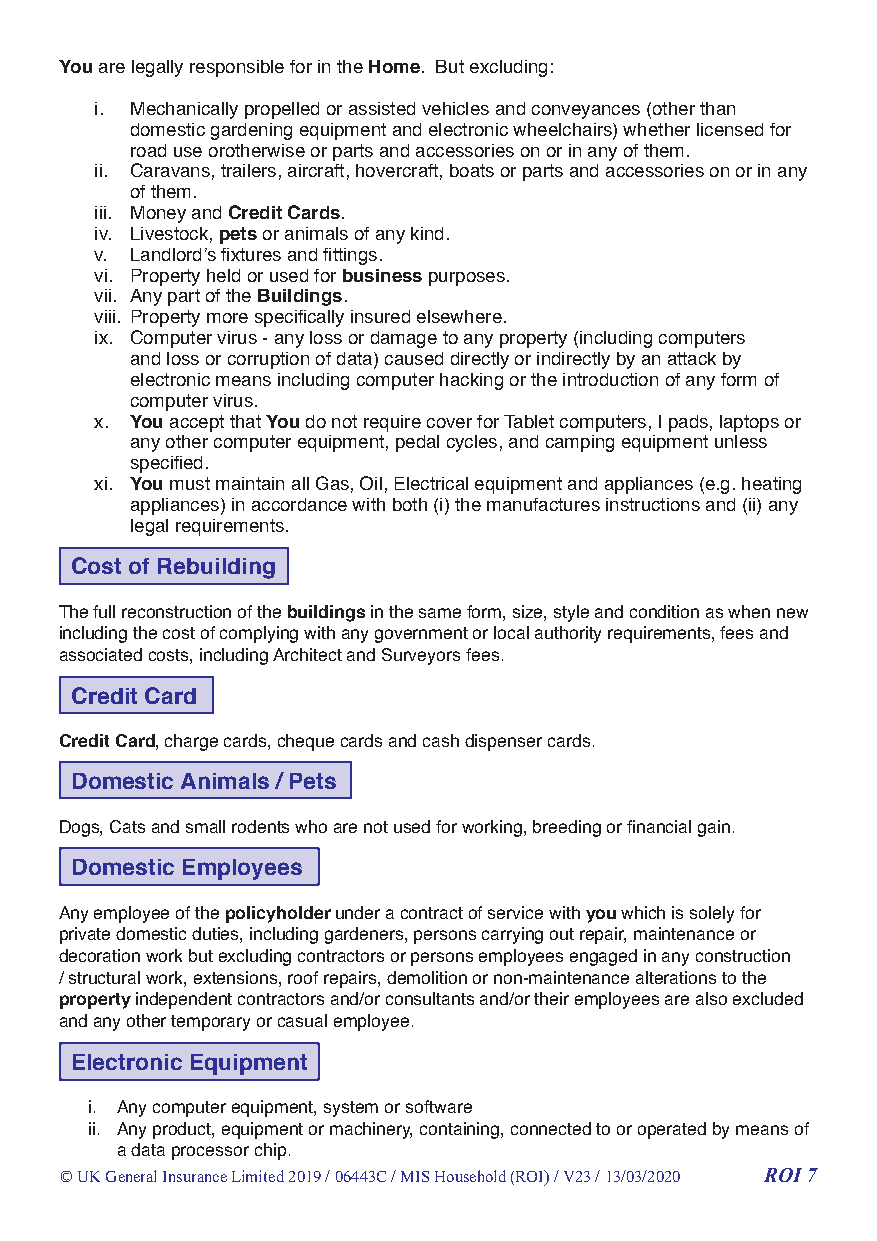
You are legally responsible for in the Home. But excluding:
 i. Mechanically propelled or assisted vehicles and conveyances (other than
 domestic gardening equipment and electronic wheelchairs) whether licensed for
 road use orotherwise or parts and accessories on or in any of them.
 ii. Caravans, trailers, aircraft, hovercraft, boats or parts and accessories on or in any
 of them.
 iii. Money and Credit Cards.
 iv. Livestock, pets or animals of any kind.
 v. Landlord’s fixtures and fittings.
 vi. Property held or used for business purposes.
 vii. Any part of the Buildings.
 viii. Property more specifically insured elsewhere.
 ix. Computer virus - any loss or damage to any property (including computers
 and loss or corruption of data) caused directly or indirectly by an attack by
 electronic means including computer hacking or the introduction of any form of
 computer virus.
 x. You accept that You do not require cover for Tablet computers, I pads, laptops or
 any other computer equipment, pedal cycles, and camping equipment unless
 specified.
 xi. You must maintain all Gas, Oil, Electrical equipment and appliances (e.g. heating
 appliances) in accordance with both (i) the manufactures instructions and (ii) any
 legal requirements.
 Cost of Rebuilding
 The full reconstruction of the buildings in the same form, size, style and condition as when new
 including the cost of complying with any government or local authority requirements, fees and
 associated costs, including Architect and Surveyors fees.
 Credit Card
 Credit Card, charge cards, cheque cards and cash dispenser cards.
 Domestic Animals / Pets
 Dogs, Cats and small rodents who are not used for working, breeding or financial gain.
 Domestic Employees
 Any employee of the policyholder under a contract of service with you which is solely for
 private domestic duties, including gardeners, persons carrying out repair, maintenance or
 decoration work but excluding contractors or persons employees engaged in any construction
 / structural work, extensions, roof repairs, demolition or non-maintenance alterations to the
 property independent contractors and/or consultants and/or their employees are also excluded
 and any other temporary or casual employee.
 Electronic Equipment
 i. Any computer equipment, system or software
 ii. Any product, equipment or machinery, containing, connected to or operated by means of
 a data processor chip.
 © UK General Insurance Limited 2019 / 06443C / MIS Household (ROI) / V23 / 13/03/2020 ROI 7